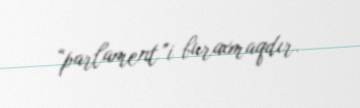
“parlament”i buraxmaqdır.